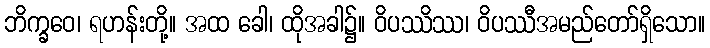
ဘိက္ခဝေ၊ ရဟန်းတို့။ အထ ခေါ၊ ထိုအခါ၌။ ဝိပဿိဿ၊ ဝိပဿီအမည်တော်ရှိသော။